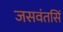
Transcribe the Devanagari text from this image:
जसवंतसिं